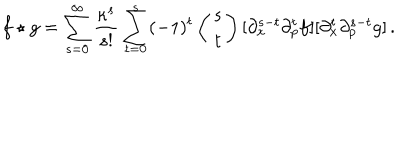
f \star g = \sum _ { s = 0 } ^ { \infty } \frac { \kappa ^ { s } } { s ! } \sum _ { t = 0 } ^ { s } ( - 1 ) ^ { t } \left( \begin{matrix} { { s } } \\ { { t } } \\ \end{matrix} \right) [ \partial _ { x } ^ { s - t } \partial _ { p } ^ { t } f ] [ \partial _ { x } ^ { t } \partial _ { p } ^ { s - t } g ] \, .